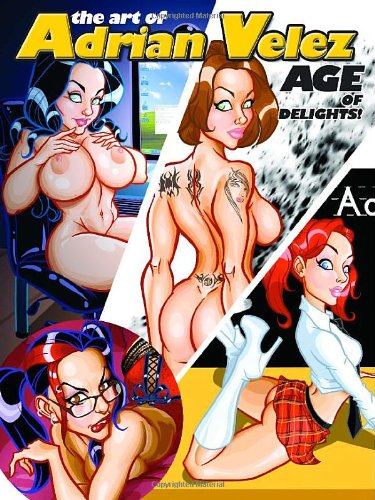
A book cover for Art of Adrian Velez: AGE of Delights!; Adrian Velez; Comics & Graphic Novels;